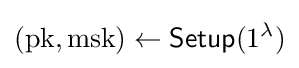
({\text{pk}},{\text{msk}})\leftarrow {\textsf {Setup}}(1^{\lambda })